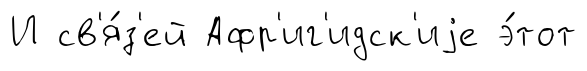
И св'я́з'ей Афр'иг'идск'иjе э́тот